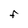
Character: F